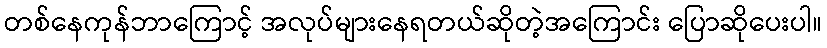
တစ်နေကုန်ဘာကြောင့် အလုပ်များနေရတယ်ဆိုတဲ့အကြောင်း ပြောဆိုပေးပါ။